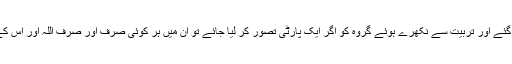
اللہ کے رسول ﷺ کے ترتیب دیے گئے اور تربیت سے نکھرے ہوئے گروہ کو اگر ایک پارٹی تصور کر لیا جائے تو ان میں ہر کوئی صرف اور صرف اللہ اور اس کے رسول کے احکامات کا پابند تھا۔